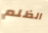
الظلم